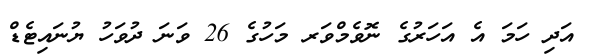
އަދި ހަމަ އެ އަހަރުގެ ނޮވެމްވަރ މަހުގެ 26 ވަނަ ދުވަހު ޔުނައިޓެޑް